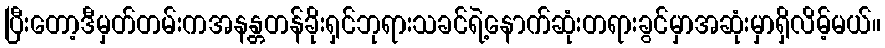
ပြီးတော့ဒီမှတ်တမ်းကအနန္တတန်ခိုးရှင်ဘုရားသခင်ရဲ့နောက်ဆုံးတရားခွင်မှာအဆုံးမှာရှိလိမ့်မယ်။